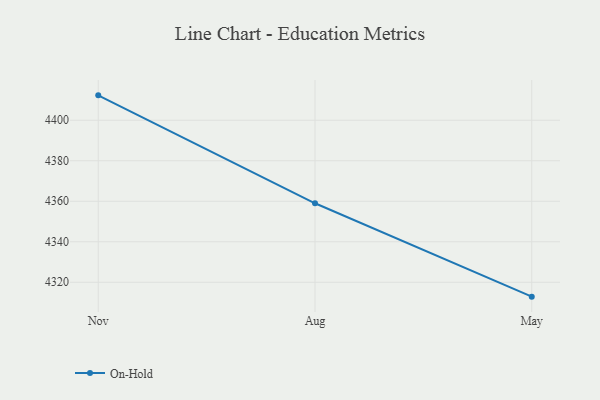
{"axis": {"x": "Month", "y": "Backlog"}, "legend": ["On-Hold"], "data": [{"x": "Nov", "y": 4412.3, "type": "On-Hold"}, {"x": "Aug", "y": 4359.0, "type": "On-Hold"}, {"x": "May", "y": 4312.9, "type": "On-Hold"}]}